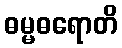
ဓမ္မဓရောတိ